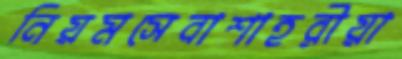
নিয়মসেবাশাহরীয়া